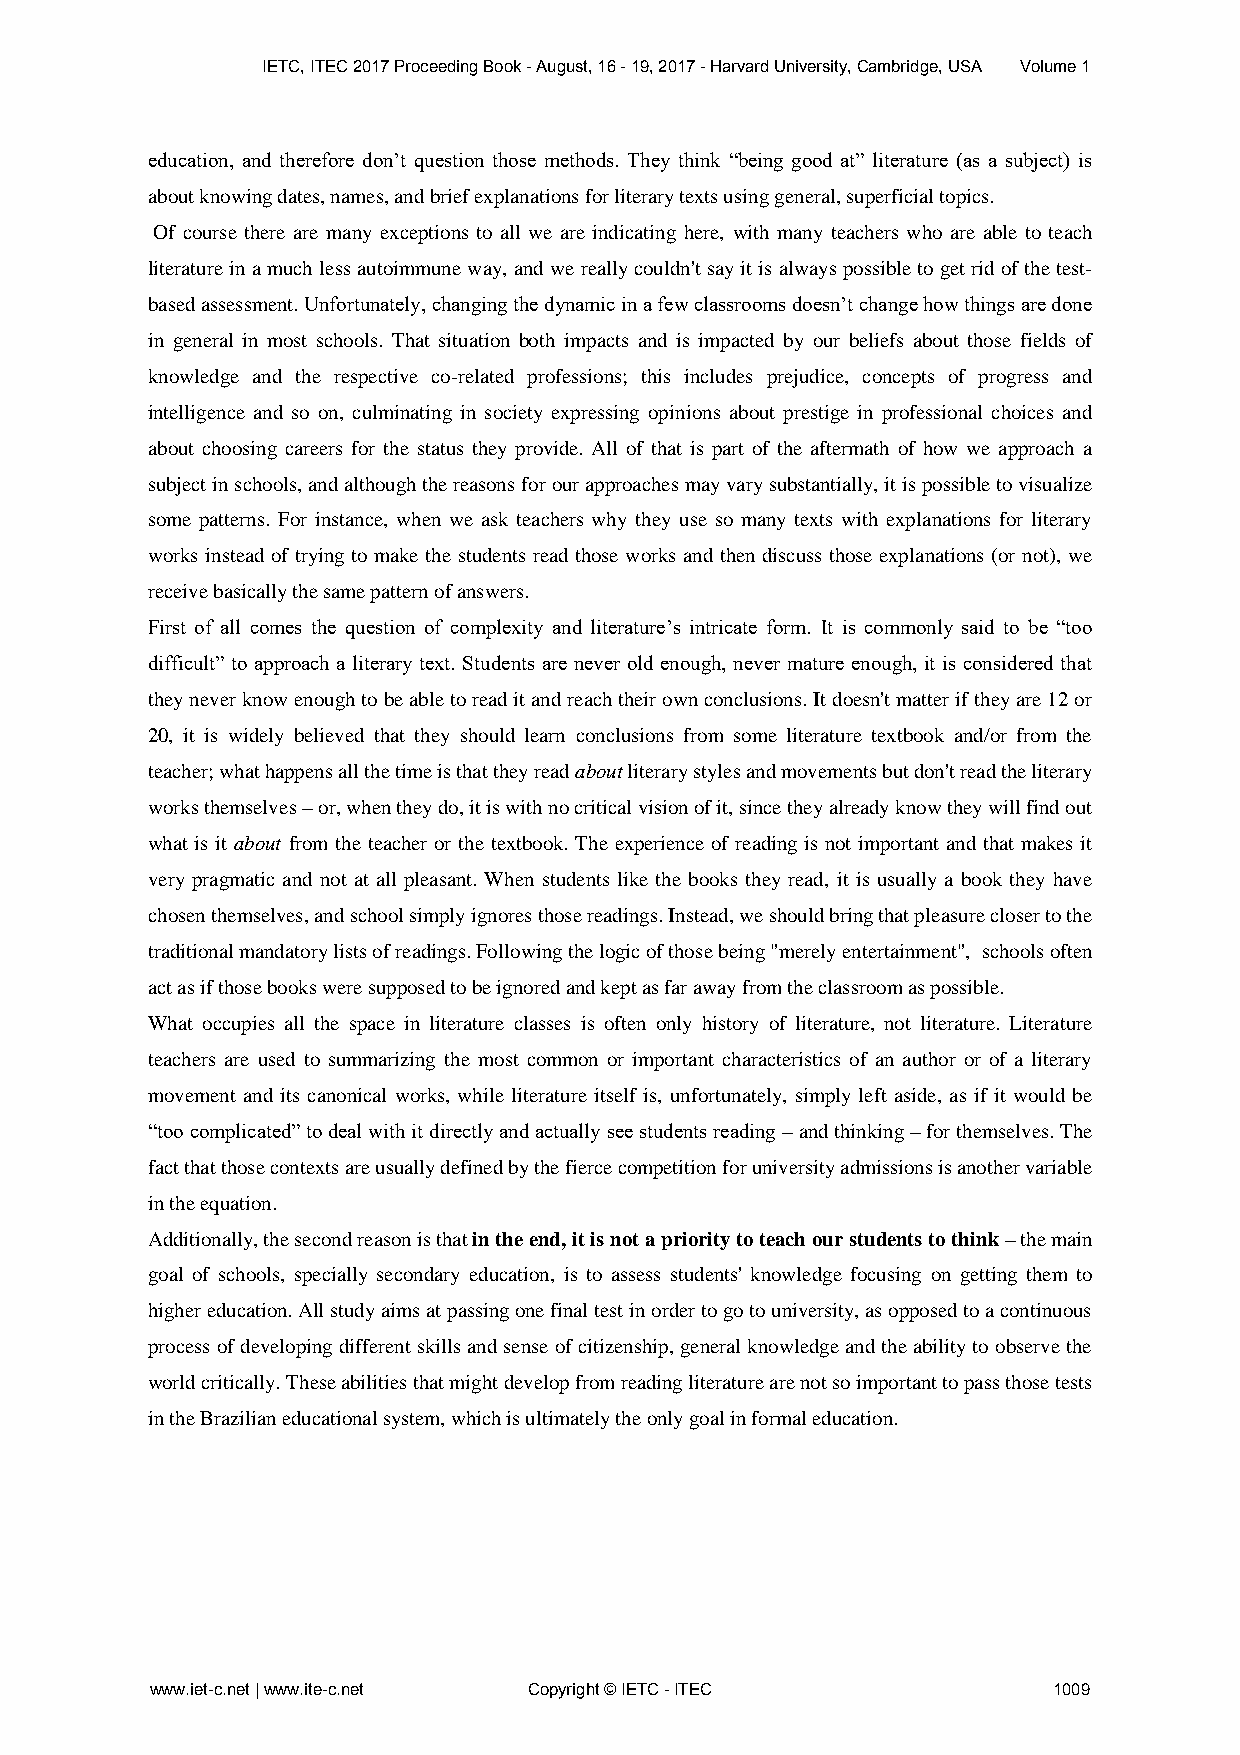
IETC, ITEC 2017 Proceeding Book - August, 16 - 19, 2017 - Harvard University, Cambridge, USA Volume 1
 education, and therefore don’t question those methods. They think “being good at” literature (as a subject) is
 about knowing dates, names, and brief explanations for literary texts using general, superficial topics.
 Of course there are many exceptions to all we are indicating here, with many teachers who are able to teach
 literature in a much less autoimmune way, and we really couldn't say it is always possible to get rid of the test-
 based assessment. Unfortunately, changing the dynamic in a few classrooms doesn’t change how things are done
 in general in most schools. That situation both impacts and is impacted by our beliefs about those fields of
 knowledge and the respective co-related professions; this includes prejudice, concepts of progress and
 intelligence and so on, culminating in society expressing opinions about prestige in professional choices and
 about choosing careers for the status they provide. All of that is part of the aftermath of how we approach a
 subject in schools, and although the reasons for our approaches may vary substantially, it is possible to visualize
 some patterns. For instance, when we ask teachers why they use so many texts with explanations for literary
 works instead of trying to make the students read those works and then discuss those explanations (or not), we
 receive basically the same pattern of answers.
 First of all comes the question of complexity and literature’s intricate form. It is commonly said to be “too
 difficult” to approach a literary text. Students are never old enough, never mature enough, it is considered that
 they never know enough to be able to read it and reach their own conclusions. It doesn't matter if they are 12 or
 20, it is widely believed that they should learn conclusions from some literature textbook and/or from the
 teacher; what happens all the time is that they read about literary styles and movements but don't read the literary
 works themselves – or, when they do, it is with no critical vision of it, since they already know they will find out
 what is it about from the teacher or the textbook. The experience of reading is not important and that makes it
 very pragmatic and not at all pleasant. When students like the books they read, it is usually a book they have
 chosen themselves, and school simply ignores those readings. Instead, we should bring that pleasure closer to the
 traditional mandatory lists of readings. Following the logic of those being "merely entertainment", schools often
 act as if those books were supposed to be ignored and kept as far away from the classroom as possible.
 What occupies all the space in literature classes is often only history of literature, not literature. Literature
 teachers are used to summarizing the most common or important characteristics of an author or of a literary
 movement and its canonical works, while literature itself is, unfortunately, simply left aside, as if it would be
 “too complicated” to deal with it directly and actually see students reading – and thinking – for themselves. The
 fact that those contexts are usually defined by the fierce competition for university admissions is another variable
 in the equation.
 Additionally, the second reason is that in the end, it is not a priority to teach our students to think – the main
 goal of schools, specially secondary education, is to assess students' knowledge focusing on getting them to
 higher education. All study aims at passing one final test in order to go to university, as opposed to a continuous
 process of developing different skills and sense of citizenship, general knowledge and the ability to observe the
 world critically. These abilities that might develop from reading literature are not so important to pass those tests
 in the Brazilian educational system, which is ultimately the only goal in formal education.
 www.iet-c.net | www.ite-c.net Copyright © IETC - ITEC       1009